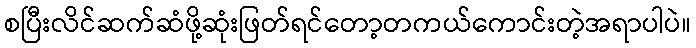
စပြီးလိင်ဆက်ဆံဖို့ဆုံးဖြတ်ရင်တော့တကယ်ကောင်းတဲ့အရာပါပဲ။